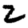
Digit: 2